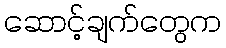
ဆောင့်ချက်တွေက